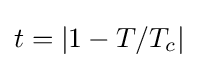
t=|1-T/T_{c}|